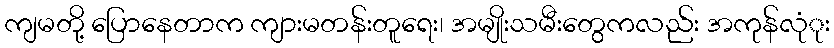
ကျမတို့ ပြောနေတာက ကျားမတန်းတူရေး၊ အမျိုးသမီးတွေကလည်း အကုန်လုံုး